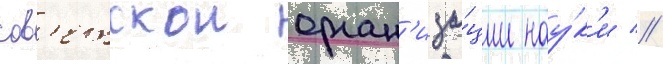
сов'етскои орган'иза́ции нау́к'и //